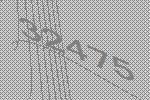
32475